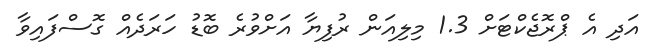
އަދި އެ ޕްރޮޖެކްޓަށް 1.3 މިލިއަން ރުފިޔާ އަށްވުރެ ބޮޑު ހަރަދެއް ގޮސްފައިވާ